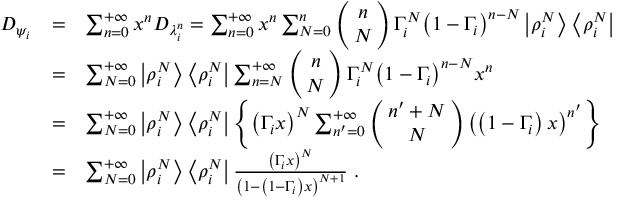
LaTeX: \begin{array} { r c l } { { D _ { \psi _ { i } } } } & { { = } } & { { \sum _ { n = 0 } ^ { + \infty } x ^ { n } D _ { \lambda _ { i } ^ { n } } = \sum _ { n = 0 } ^ { + \infty } x ^ { n } \sum _ { N = 0 } ^ { n } \left( \! \! \begin{array} { c } { { n } } \\ { { N } } \end{array} \! \! \right) \Gamma _ { i } ^ { N } { \left( 1 - \Gamma _ { i } \right) } ^ { n - N } \left| \rho _ { i } ^ { N } \right> \left< \rho _ { i } ^ { N } \right| } } \\ { { \ } } & { { = } } & { { \sum _ { N = 0 } ^ { + \infty } \left| \rho _ { i } ^ { N } \right> \left< \rho _ { i } ^ { N } \right| \sum _ { n = N } ^ { + \infty } \left( \! \! \begin{array} { c } { { n } } \\ { { N } } \end{array} \! \! \right) \Gamma _ { i } ^ { N } { \left( 1 - \Gamma _ { i } \right) } ^ { n - N } x ^ { n } } } \\ { { \ } } & { { = } } & { { \sum _ { N = 0 } ^ { + \infty } \left| \rho _ { i } ^ { N } \right> \left< \rho _ { i } ^ { N } \right| \left\{ { \left( \Gamma _ { i } x \right) } ^ { N } \sum _ { n ^ { \prime } = 0 } ^ { + \infty } \left( \! \! \begin{array} { c } { { { n ^ { \prime } + N } } } \\ { { N } } \end{array} \! \! \right) { \left( \left( 1 - \Gamma _ { i } \right) x \right) } ^ { n ^ { \prime } } \right\} } } \\ { { \ } } & { { = } } & { { \sum _ { N = 0 } ^ { + \infty } \left| \rho _ { i } ^ { N } \right> \left< \rho _ { i } ^ { N } \right| \frac { { \left( \Gamma _ { i } x \right) } ^ { N } } { { \left( 1 - \left( 1 - \Gamma _ { i } \right) x \right) } ^ { N + 1 } } \; . } } \end{array}